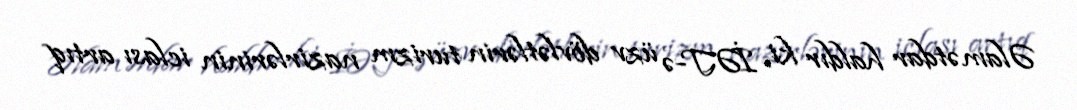
Əlamətdar haldır ki, İƏT-ə üzv dövlətlərin turizm nazirlərinin iclası artıq